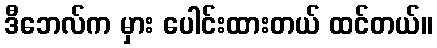
ဒီဘေလ်က မှား ပေါင်းထားတယ် ထင်တယ်။